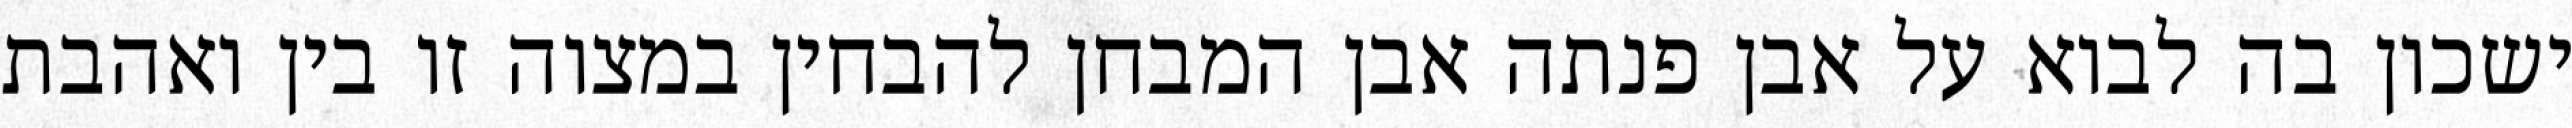
ישכון בה לבוא על אבן פנתה אבן המבחן להבחין במצוה זו בין ואהבת